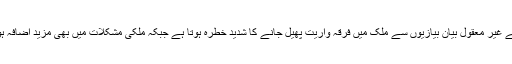
اس قسم کے غیر معقول بیان بیازیوں سے ملک میں فرقہ واریت پھیل جانے کا شدید خطرہ ہوتا ہے جبکہ ملکی مشکلات میں بھی مزید اضافہ ہو جاتا ہے۔